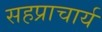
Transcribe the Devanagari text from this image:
सहप्राचार्य